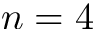
n = 4